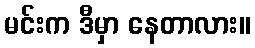
မင်းက ဒီမှာ နေတာလား။